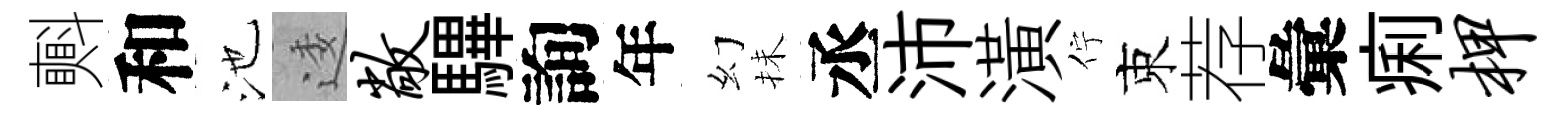
㪺和池逶敞驆詢年幻抺丞沛潢佇束荐彙痢柙